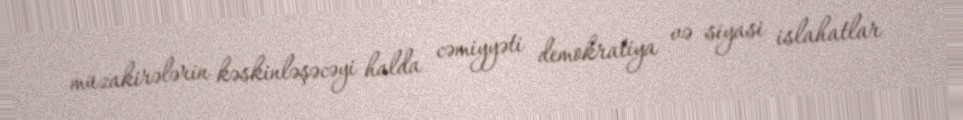
müzakirələrin kəskinləşəcəyi halda cəmiyyəti demokratiya və siyasi islahatlar